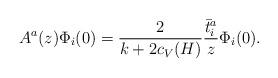
LaTeX: \begin{align*}A^a(z)\Phi_i(0)={2\over k+2c_V(H)}{\bar t^a_i\over z}\Phi_i(0) .\end{align*}